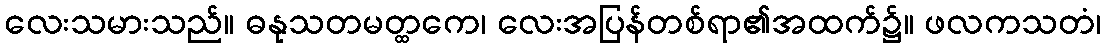
လေးသမားသည်။ ဓနုသတမတ္ထကေ၊ လေးအပြန်တစ်ရာ၏အထက်၌။ ဖလကသတံ၊